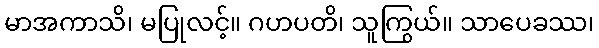
မာအကာသိ၊ မပြုလင့်။ ဂဟပတိ၊ သူကြွယ်။ သာပေခဿ၊